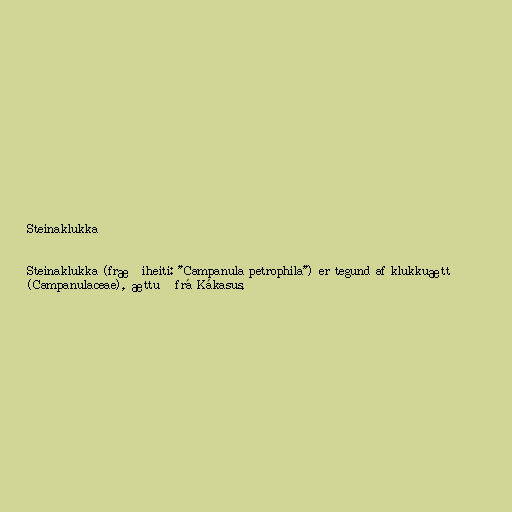
Steinaklukka

Steinaklukka (fræðiheiti: "Campanula petrophila") er tegund af klukkuætt
(Campanulaceae), ættuð frá Kákasus.